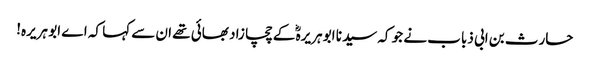
حارث بن ابی ذباب نے جو کہ سیدنا ابو ہریرہؓ کے چچا زاد بھائی تھے ان سے کہا کہ اے ابو ہریرہ!